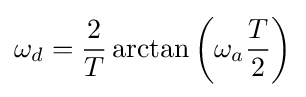
\omega _{d}={\frac {2}{T}}\arctan \left(\omega _{a}{\frac {T}{2}}\right)